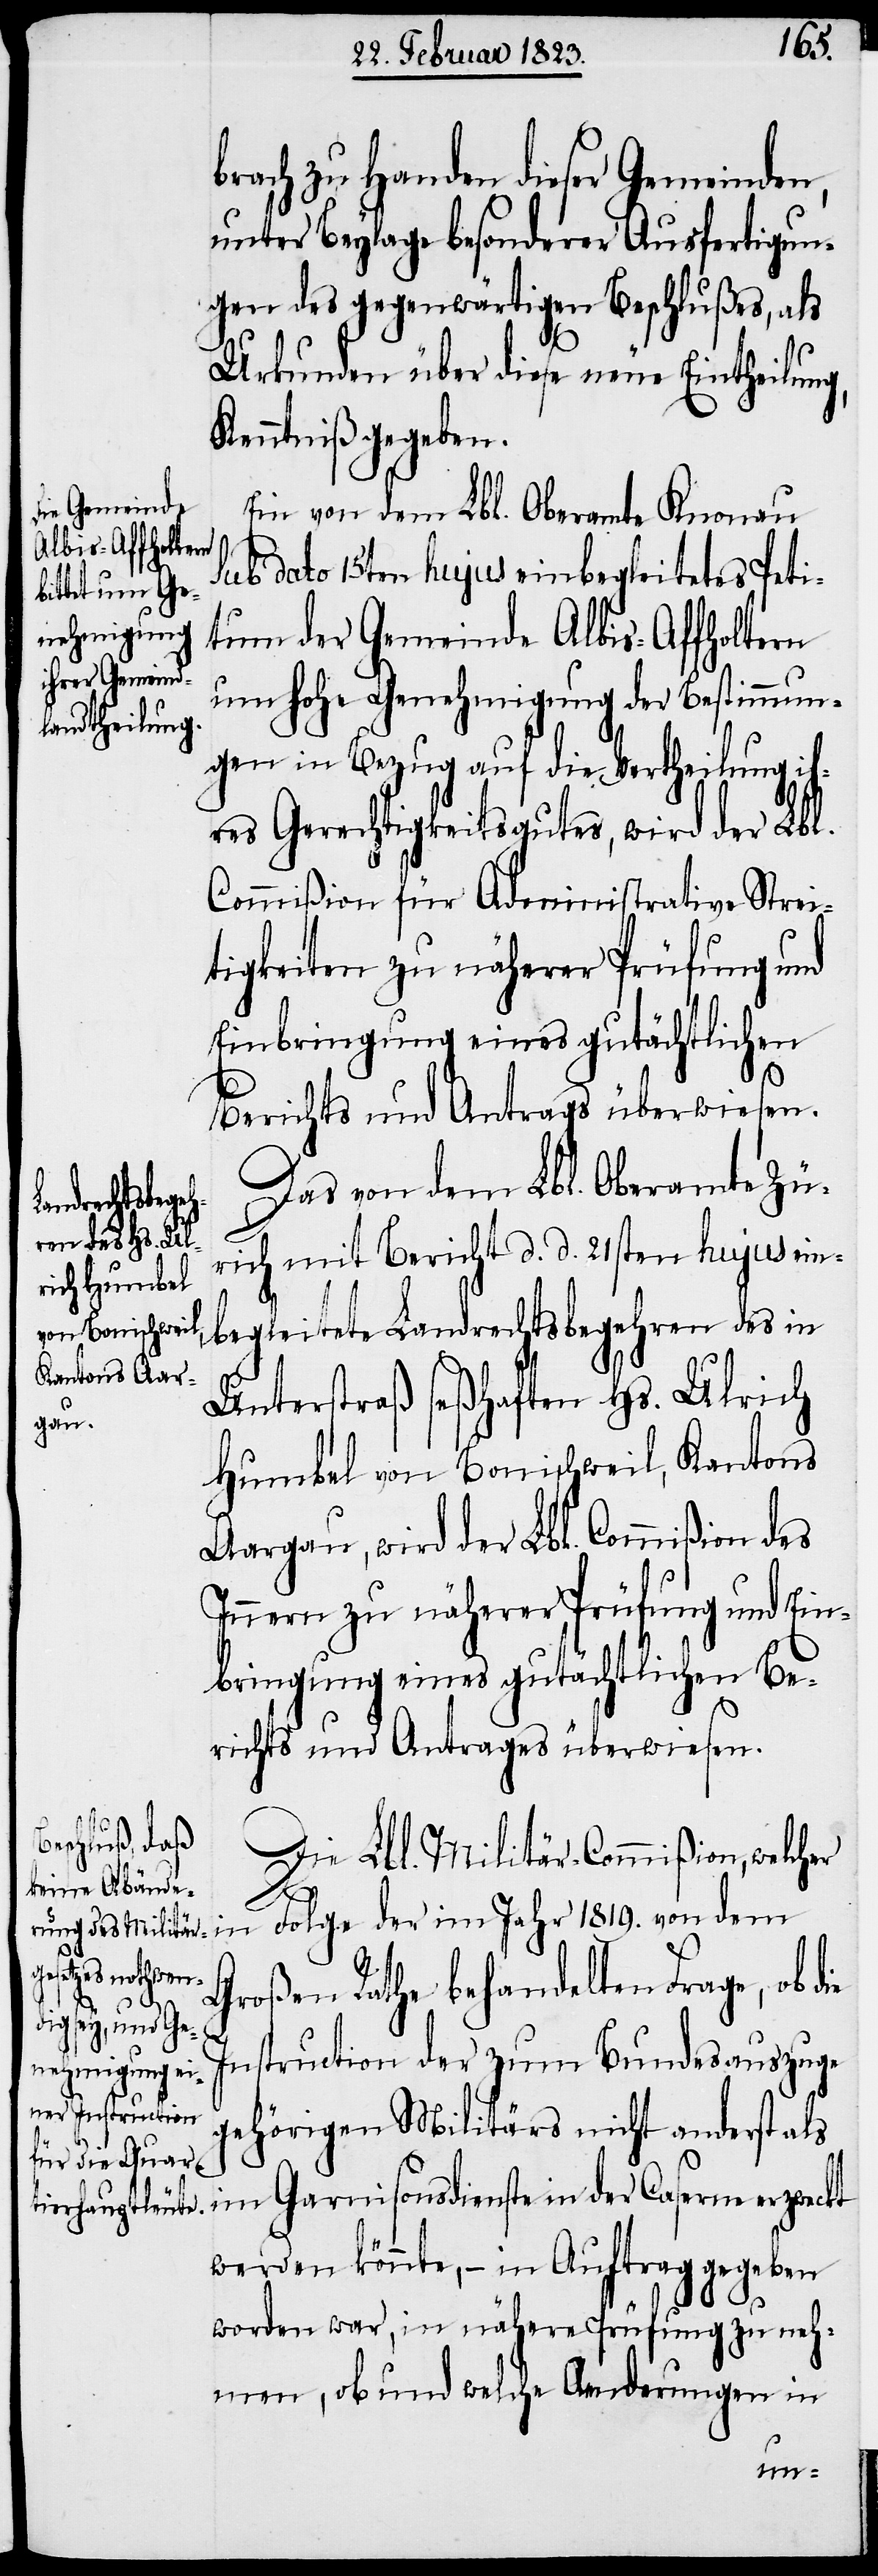
brach zu Handen dieser Gemeinden,
unter Beylage besonderer Ausfertigun¬
gen des gegenwärtigen Beschlußes, als
Urkunden über diese neue Eintheilung,
Kenntniß gegeben.
Ein von dem Lbl. Oberamte Knonau
Sub dato 15ten hujus einbegleitetes Peti¬
tum der Gemeinde Albis-Affholtern
um hohe Genehmigung der Bestimmun¬
gen in Bezug auf die Vertheilung ih¬
res Gerechtigkeitsgutes, wird der Lbl.
Commißion für Administrative Strei¬
tigkeiten zu näherer Prüfung und
Einbringung eines gutächtlichen
Berichts und Antrags überwiesen.
Das von dem Lbl. Oberamte Zü¬
rich mit Bericht d. d. 21sten hujus ein¬
begleitete Landrechtsbegehren des in
Unterstraß seßhaften Hs. Ulrich
Humbel von Bonischweil, Kantons
Aargau, wird der Lbl. Commißion des
Innern zu näherer Prüfung und Ein¬
bringung eines gutächtlichen Be¬
richts und Antrages überwiesen.
Die Lbl. Militär-Commißion, welcher
in Folge der im Jahr 1819. von dem
Großen Rathe behandelten Frage, ob d¬
ie
Instruction der zum Bundesauszuge
gehörigen Militärs nicht anderst als
im Garnisonsdienste in der Caserne erzweckt
werden könnte, – in Auftrag gegeben
worden war, in nähere Prüfung zu neh¬
men, ob und welche Aenderungen in